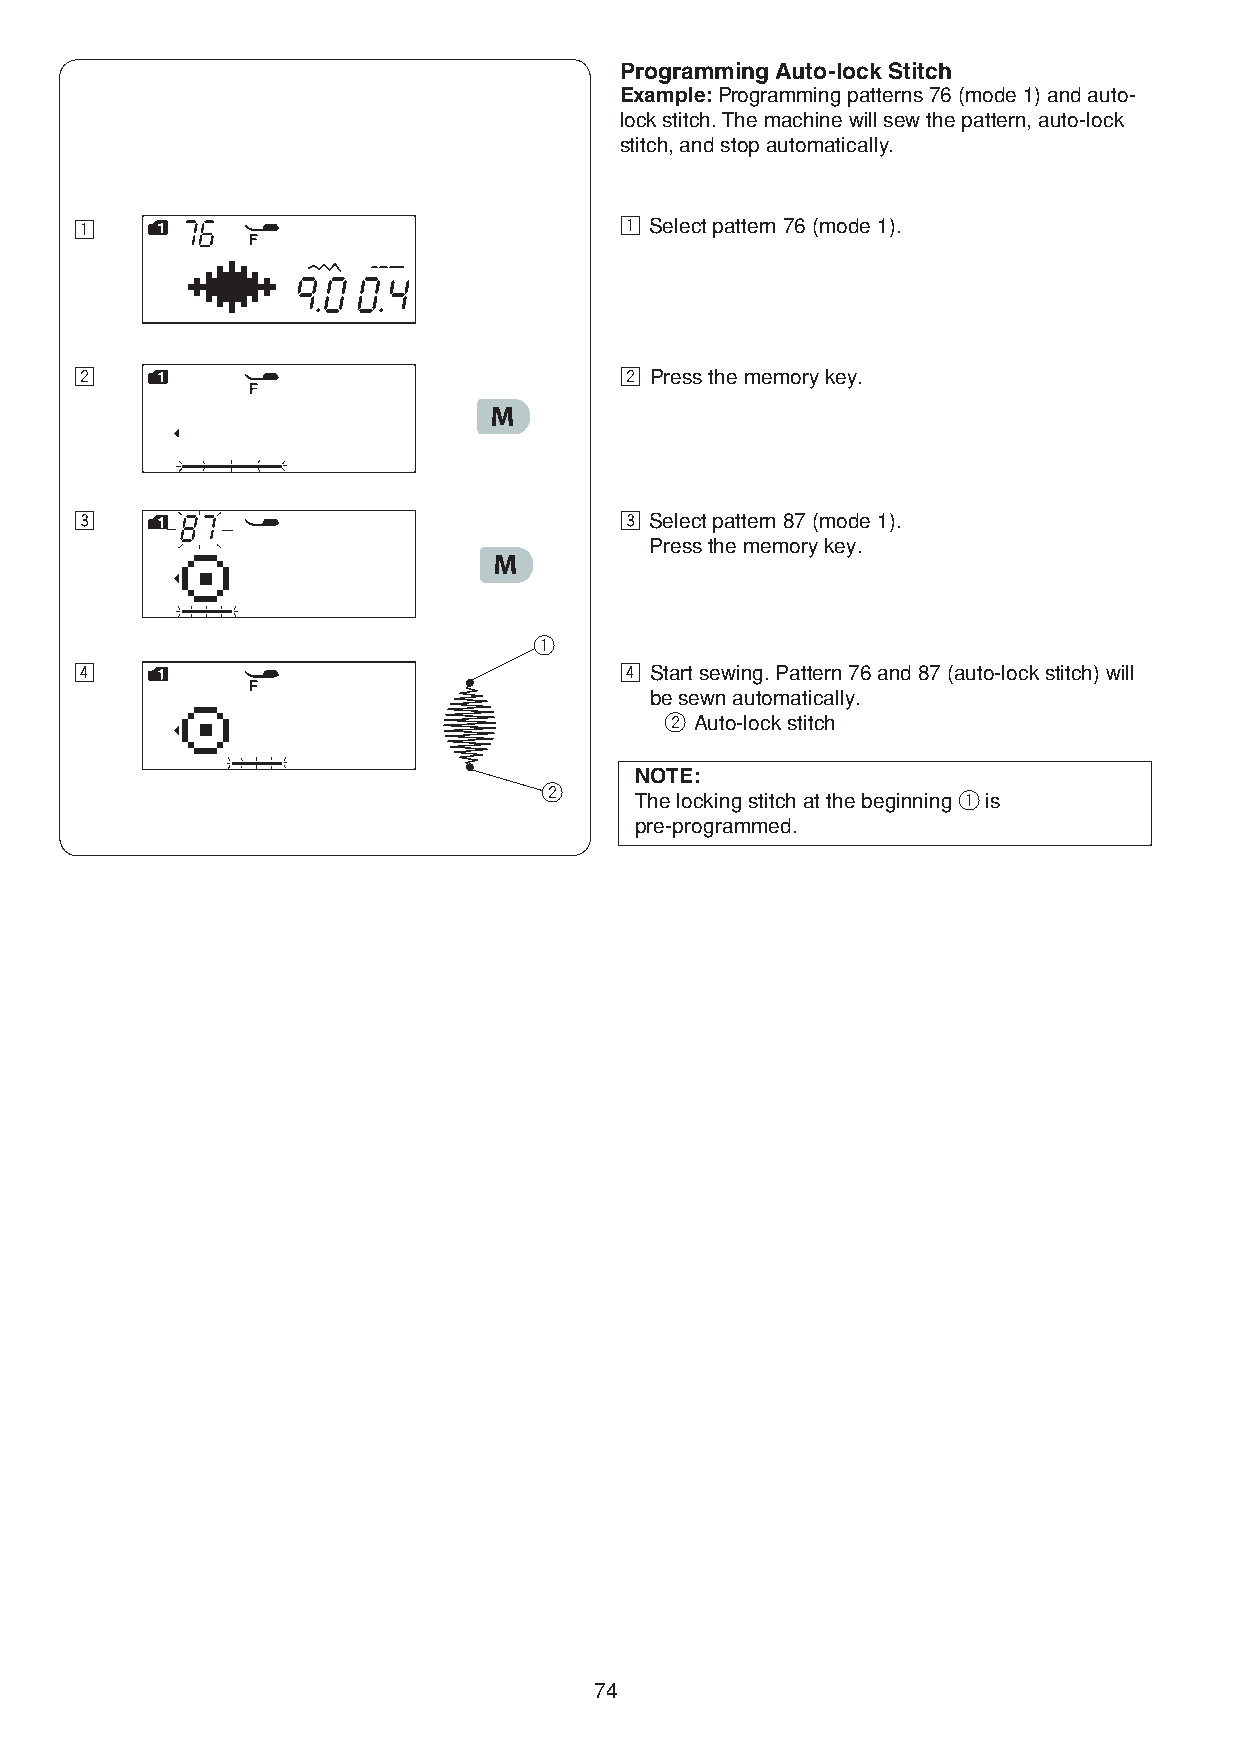
Programming Auto-lock Stitch
 Example: Programming patterns 76 (mode 1) and auto-
 lock stitch. The machine will sew the pattern, auto-lock
 stitch, and stop automatically.
 z                                   z Select pattern 76 (mode 1).
 x                                   x Press the memory key.
 c                                   c Select pattern 87 (mode 1).
 Press the memory key.
 q
 v                                   v Start sewing. Pattern 76 and 87 (auto-lock stitch) will
 be sewn automatically.
 w Auto-lock stitch
 NOTE:
 w
 The locking stitch at the beginning q is
 pre-programmed.
 74